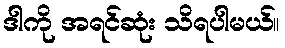
ဒါကို အရင်ဆုံး သိရပါမယ်။